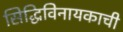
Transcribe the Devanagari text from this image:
सिद्धिविनायकाची